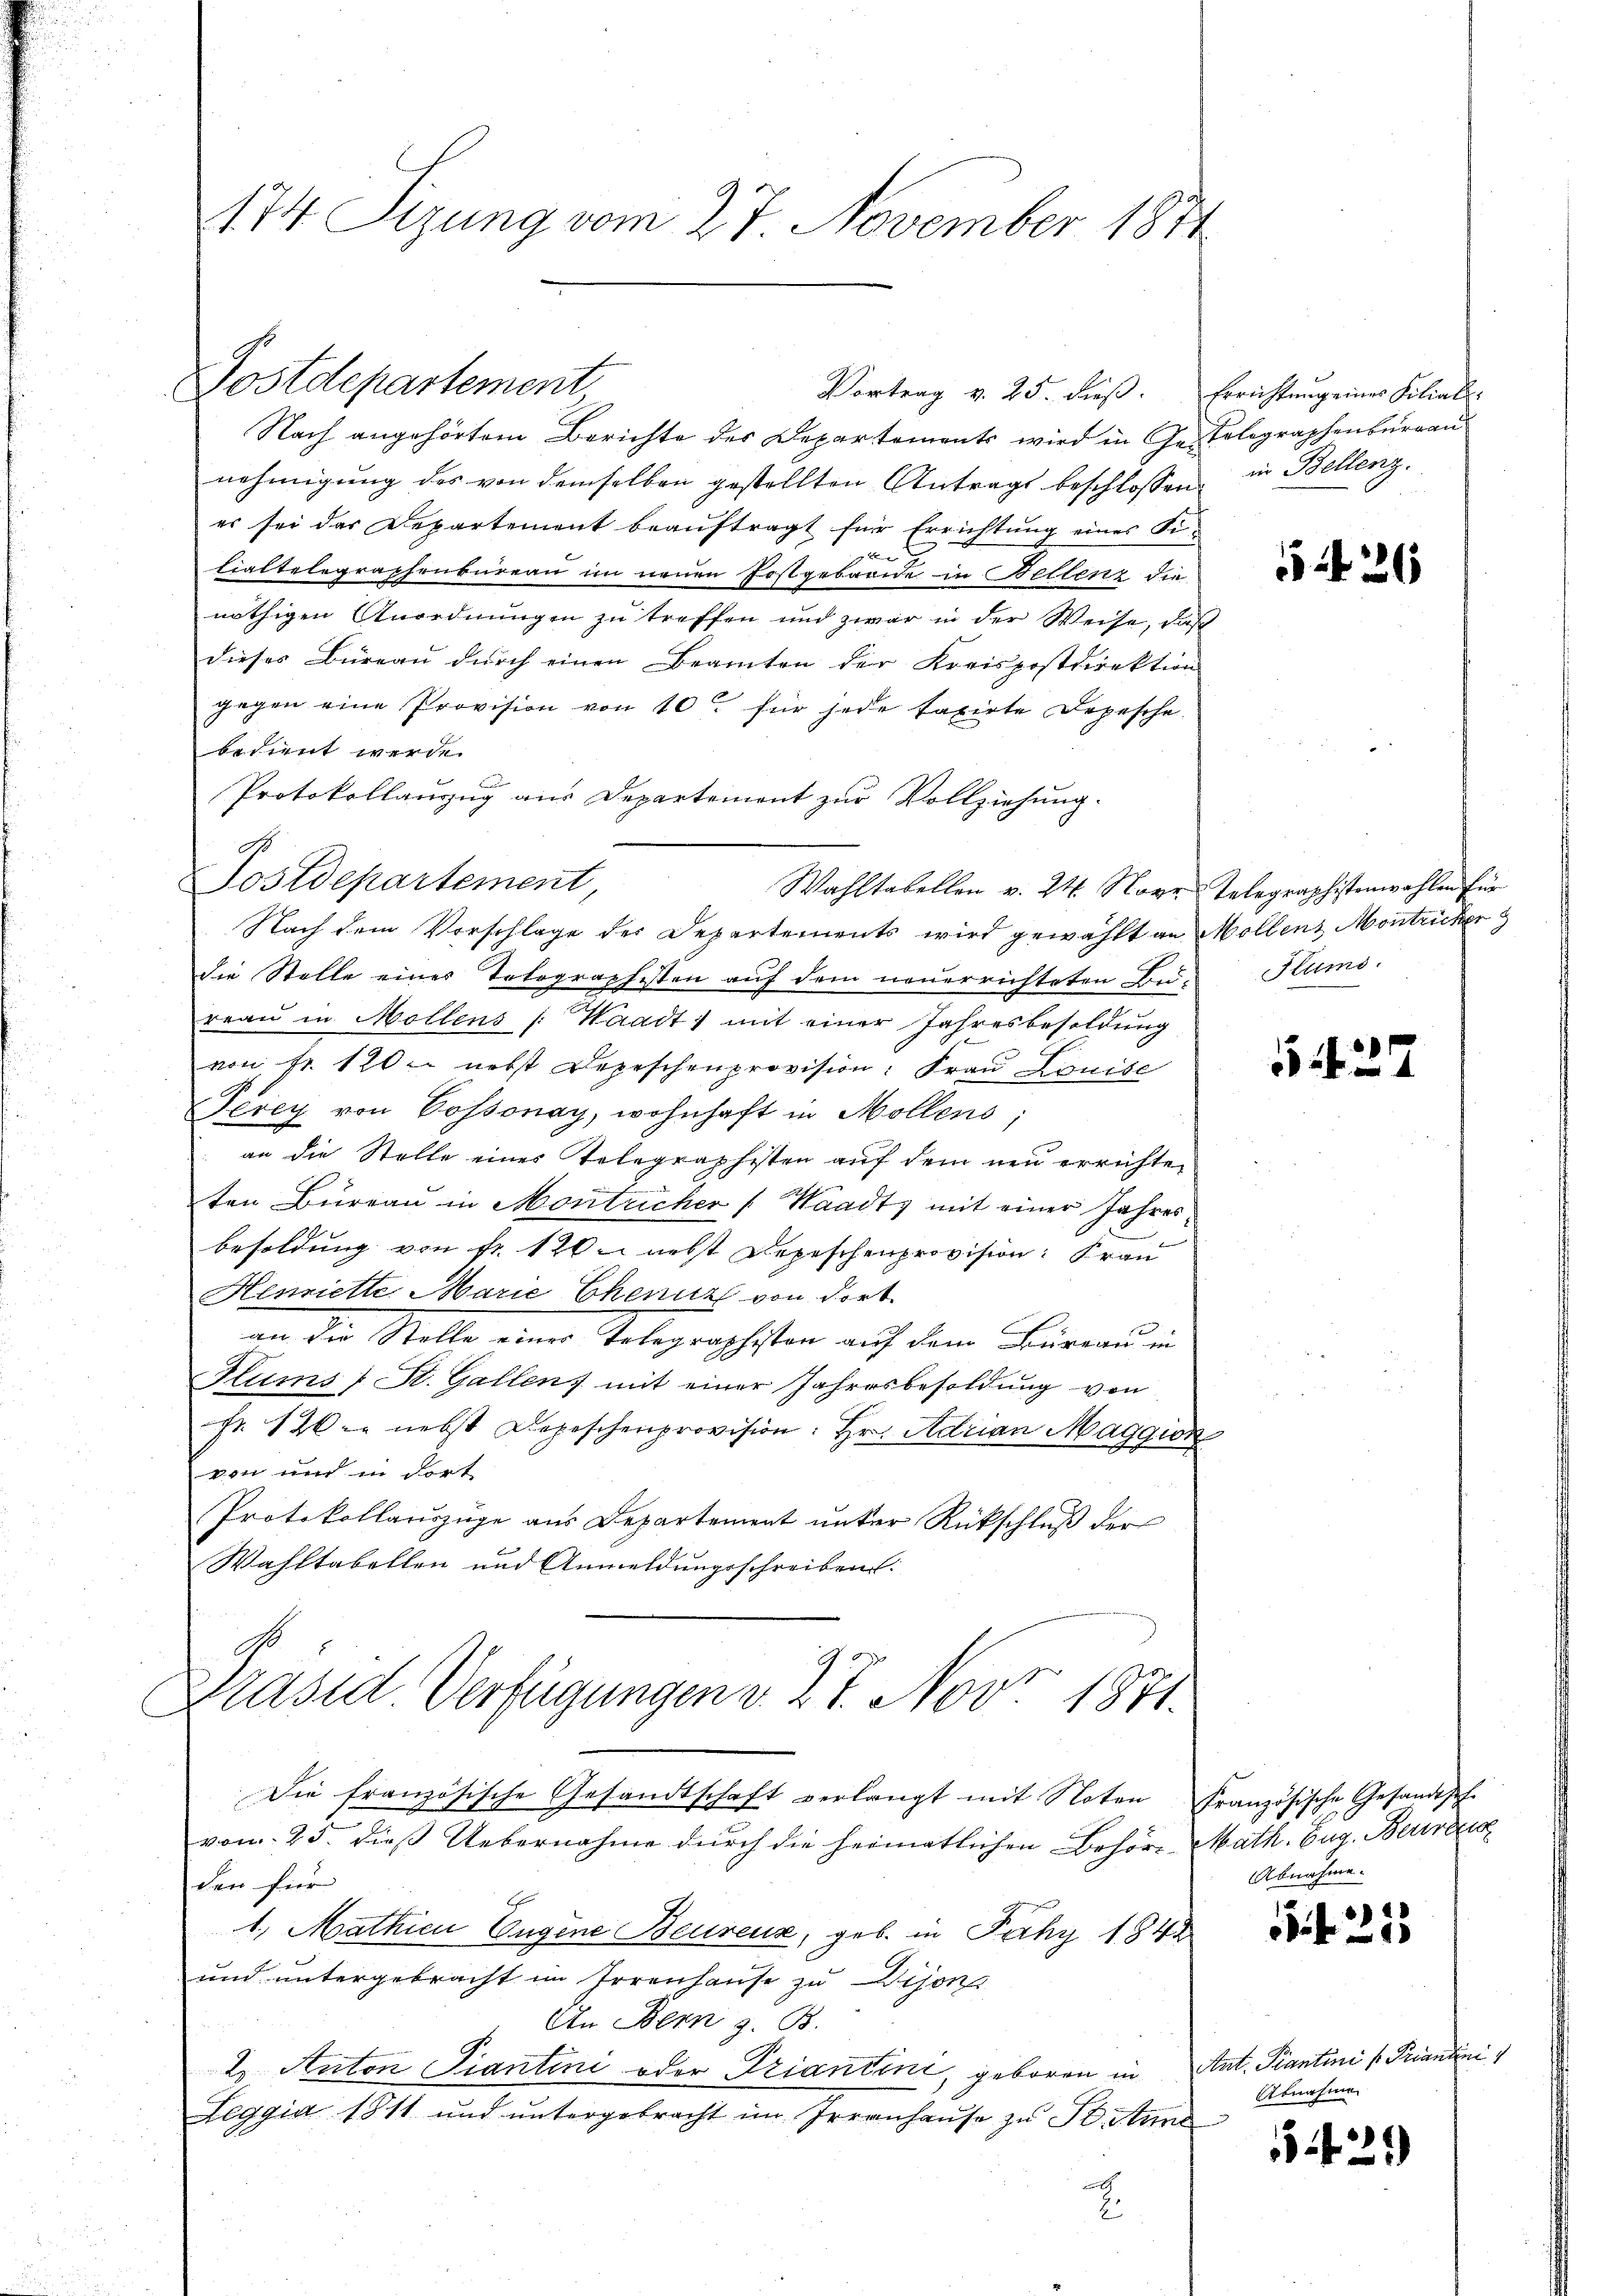
174. Sizung vom 27. November 1874

Postdepartement

Nach angehörtem Berichte des Departements wird in Ge-Telegraphenburgau
nehmigung des von demselben gestellten Antrags beschlossen, in Bellenz,
er sei das Departement beauftragt für Errichtung eines Fitiattelegraphenbureau im neuen Erstgebäude in Bellenz die
nöthigen Anordnungen zu treffen und zwar in der Weise, daß
dieses Büreau durch einen Beamten der Kreispostdirektion
gegen eine Provision von 10 für jede taxirte Depesche
bedient werde.
Protokollanzug aus Departement zur Vollziehung.
G
Wahltabellen v. 24. Nove Telegraphistenwahlen für
Nach dem Vorschläge der Departements wird gewählt an Mollenz Montricker
die Stelle eines Telegraphisten auf dem neuerrichteten Bu-
.
reau in Mollens (Waadt) mit einer Jahresbesoldung
von fr. 120 nebst Depeschenprovision: Frau Louise
Jerey von Cossonay, wohnhaft in Mollens;
an die Stelle eines Telegraphisten auf dem neu errichten
ten Büreau in Montricher (Waadt mit einer Jahresbesoldung von Fr. 120 nebst Depeschenprovision: Frau
Henriette Marie Cheniz von dort.
e
an die Stelle eine Telegraphisten auf dem Büreau in
Hums (St. Gallen, mit einer Jahresbesoldung von
fr. 120. nebst Depeschenprovision: Hr. Adrian Maggion
von mich in dort
Protokollauszüge aus Departement unter Rückschluß der
Wahltabellen und Anmeldungsschreiben.
Präsid Verfügungen v. 27. Nov. 1871.

Postdepartement,

Vortrag v. 25. dieβ. Errichtung eines Filial-

Die Frau
zösische Gesandtschaft verlangt mit Noten Französische Gesandtsch-

vom 25. dieβ Uebernahme durch die heimatlichen Behöre Math. Eug. Betrac
den für
1. Mathien Eugene Beurenz, geb. in Pähy 1848
und untergebracht im Irrenhause zu Dijon
An Bern z. B.
2. Anton Fiantini oder Triantini, geboren in Ant. Prantini (Priandini¬
Leggia 1811 und ŭntergebracht im Irrenhaŭse zŭ lastung
sch

426

Ptums.

5142

Abnahme.

253

Abnahme

542.